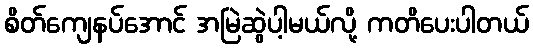
စိတ်ကျေနပ်အောင် အမြဲဆွဲပါ့မယ်လို့ ကတိပေးပါတယ်